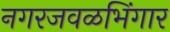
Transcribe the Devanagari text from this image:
नगरजवळभिंगार